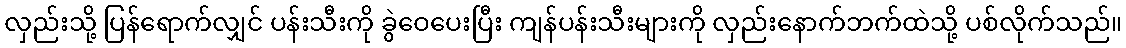
လှည်းသို့ ပြန်ရောက်လျှင် ပန်းသီးကို ခွဲဝေပေးပြီး ကျန်ပန်းသီးများကို လှည်းနောက်ဘက်ထဲသို့ ပစ်လိုက်သည်။